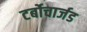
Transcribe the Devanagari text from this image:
टर्बोचार्जड